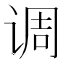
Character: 调